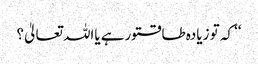
‘‘ کہ تو زیادہ طاقتورہے یااللہ تعالیٰ؟